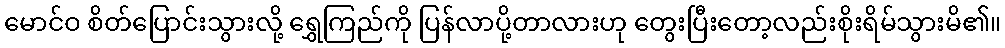
မောင်ဝ စိတ်ပြောင်းသွားလို့ ရွှေကြည်ကို ပြန်လာပို့တာလားဟု တွေးပြီးတော့လည်းစိုးရိမ်သွားမိ၏။